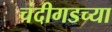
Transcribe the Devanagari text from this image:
चंदीगडच्या